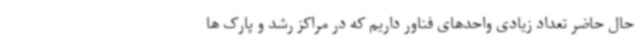
حال حاضر تعداد زیادی واحدهای فناور داریم که در مراکز رشد و پارک ها